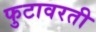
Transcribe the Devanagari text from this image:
फुटावरती